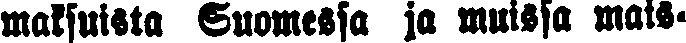
maksuista Suomessa ja muissa mais-